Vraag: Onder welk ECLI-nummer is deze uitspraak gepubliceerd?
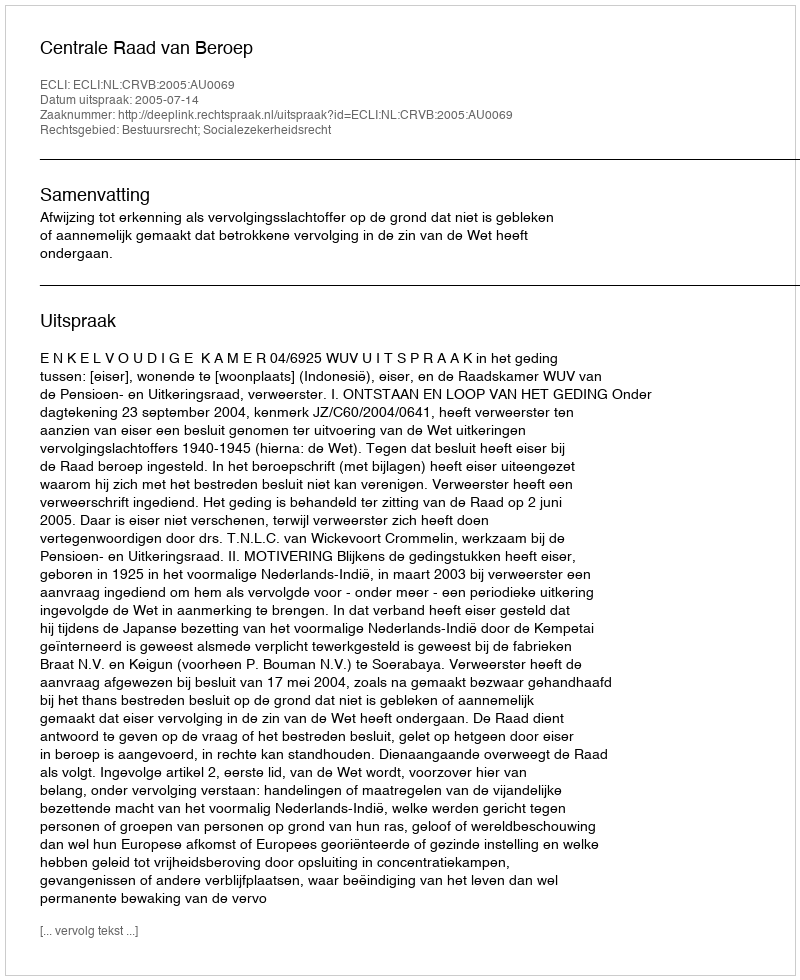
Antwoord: ECLI:NL:CRVB:2005:AU0069